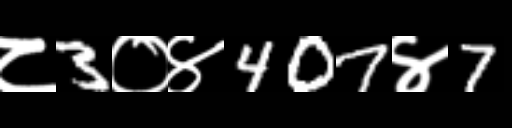
Text: ८3०४407४7